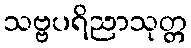
သဗ္ဗပရိညာသုတ္တ